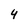
Character: 4